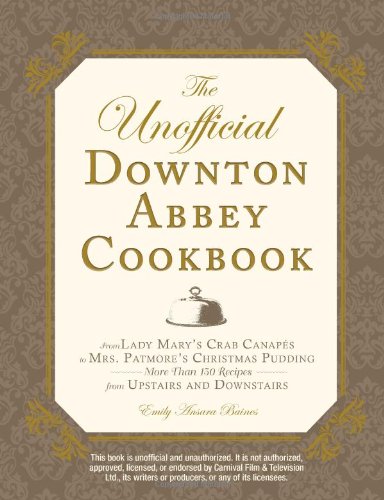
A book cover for The Unofficial Downton Abbey Cookbook: From Lady Mary's Crab Canapes to Mrs. Patmore's Christmas Pudding - More Than 150 Recipes from Upstairs and Downstairs (Unofficial Cookbook); Emily Ansara Baines; Humor & Entertainment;